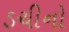
ડચીનો